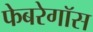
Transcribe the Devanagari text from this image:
फेबरेगॉस